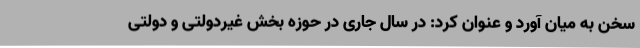
سخن به میان آورد و عنوان کرد: در سال جاری در حوزه بخش غیردولتی و دولتی